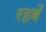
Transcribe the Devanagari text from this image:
रहबें